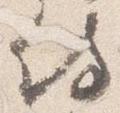
侍